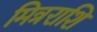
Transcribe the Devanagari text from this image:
मित्रराशि